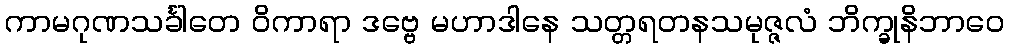
ကာမဂုဏသင်္ခါတေ ဝိကာရာ ဒဗ္ဗေ မဟာဒါနေ သတ္တရတနသမုဇ္ဇလံ ဘိက္ခုနိဘာဝေ